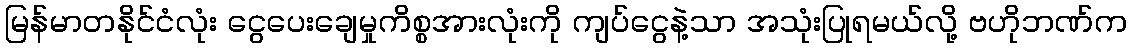
မြန်မာတနိုင်ငံလုံး ငွေပေးချေမှုကိစ္စအားလုံးကို ကျပ်ငွေနဲ့သာ အသုံးပြုရမယ်လို့ ဗဟိုဘဏ်က